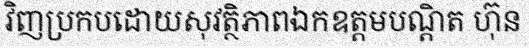
វិញប្រកបដោយសុវត្ថិភាពឯកឧត្តមបណ្តិត ហ៊ុន